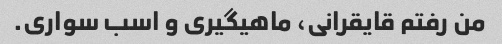
من رفتم قایقرانی، ماهیگیری و اسب سواری.